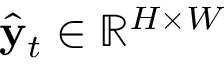
\hat { \mathbf { y } } _ { t } \in \mathbb { R } ^ { H \times W }